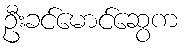
ဦးခင်မောင်ဆွေက